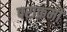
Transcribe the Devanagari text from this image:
पराक्रमों